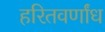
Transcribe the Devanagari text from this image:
हरितवर्णांध